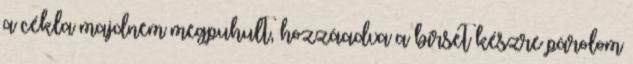
a cékla majdnem megpuhult, hozzáadva a birset készre párolom